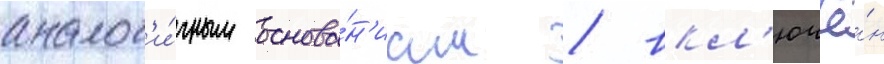
аналог'и́чным основа́н'иам / вкл'ючё́н